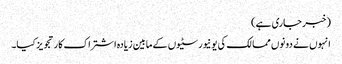
(خبر جاری ہے)
انہوں نے دونوں ممالک کی یونیورسٹیوں کے مابین زیادہ اشتراک کار تجویز کیا۔